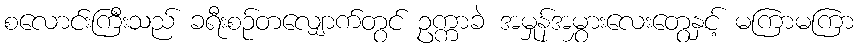
စလောင်းကြီးသည် ခရီးစဉ်တလျှောက်တွင် ဥက္ကာခဲ အမှုန်အမွှားလေးတွေနှင့် မကြာမကြာ